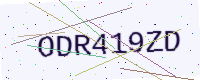
Text: ODR419ZD